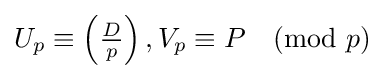
U_{p}\equiv \left({\tfrac {D}{p}}\right),V_{p}\equiv P{\pmod {p}}